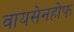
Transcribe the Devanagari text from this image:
वायसेनहोफ